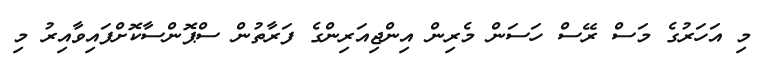
މި އަހަރުގެ މަސް ރޭސް ހަސަން މެރިން އިންޖިއަރިންގެ ފަރާތުން ސްޕޮންސާކޮށްފައިވާއިރު މި